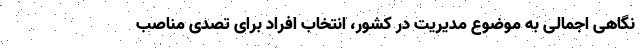
نگاهی اجمالی به موضوع مدیریت در کشور، انتخاب افراد برای تصدی مناصب